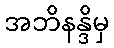
အဘိနန္ဒိမှ